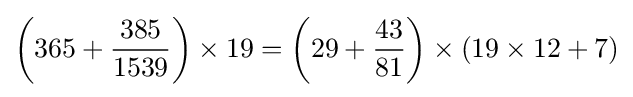
\left(365+{\frac {385}{1539}}\right)\times 19=\left(29+{\frac {43}{81}}\right)\times \left(19\times 12+7\right)